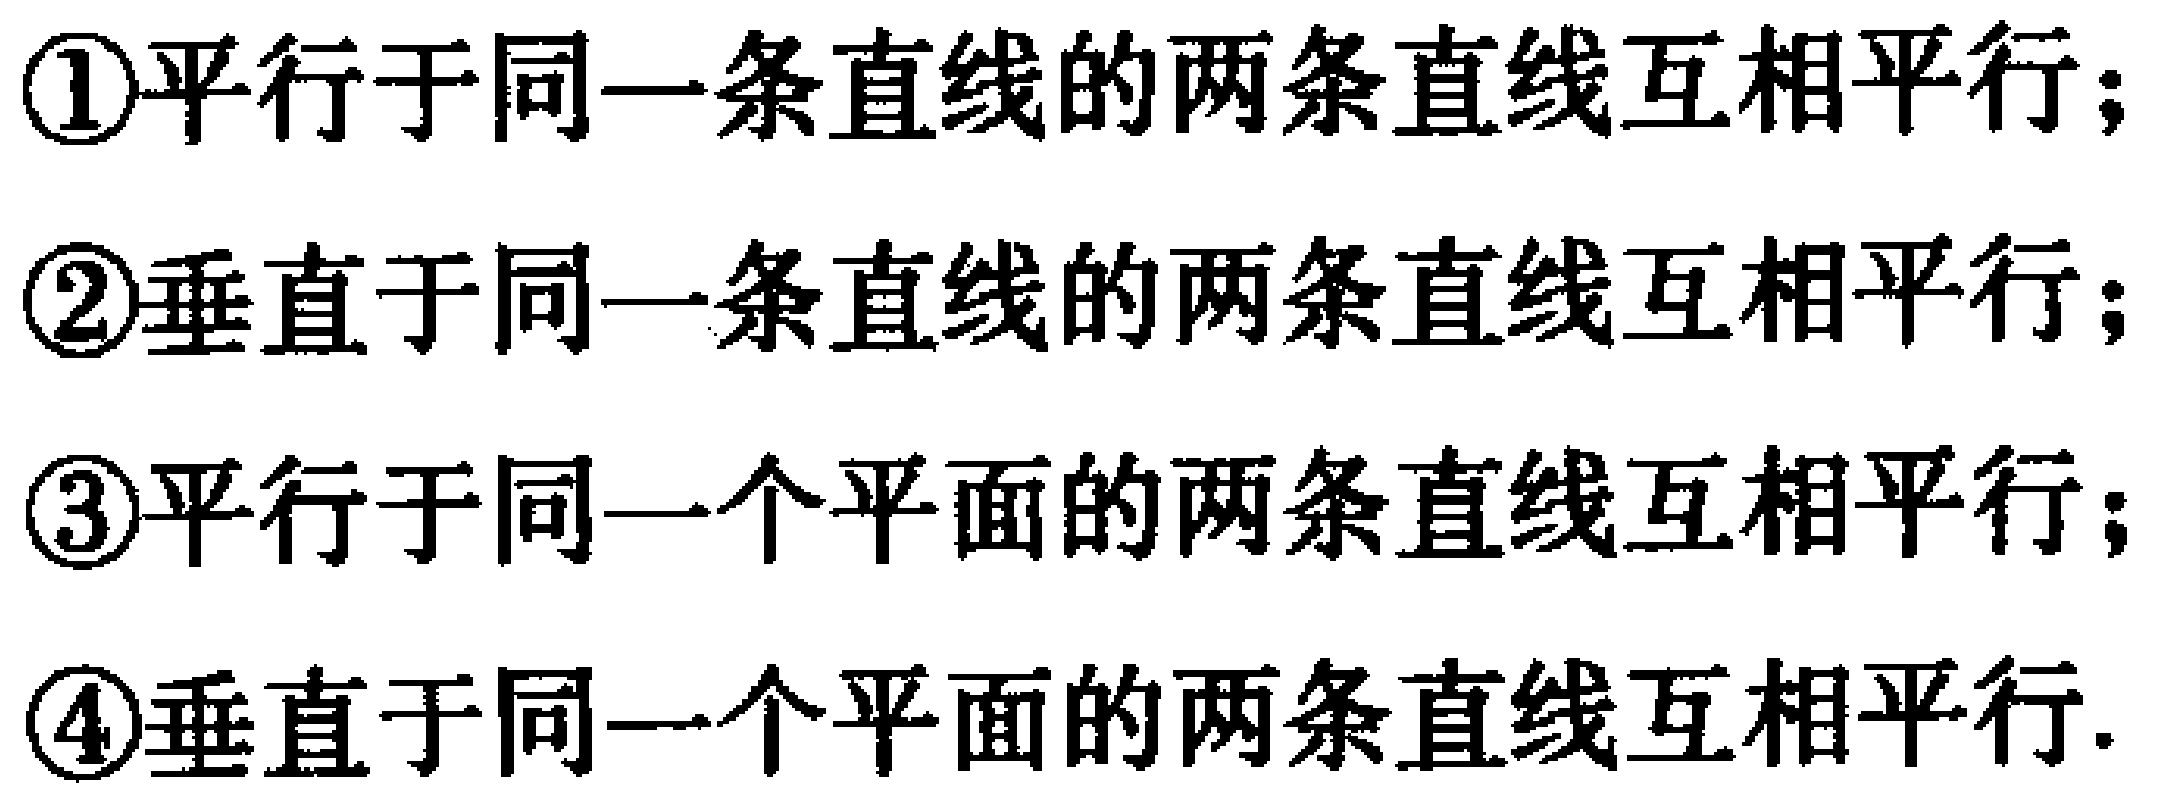
\textcircled{1}平行于同一条直线的两条直线互相平行；
\textcircled{2}垂直于同一条直线的两条直线互相平行；
\textcircled{3}平行于同一个平面的两条直线互相平行；
\textcircled{4}垂直于同一个平面的两条直线互相平行.